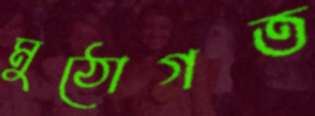
মুঠোগত